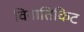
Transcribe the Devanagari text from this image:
विनातिकिट